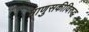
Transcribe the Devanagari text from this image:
माणुसकीविरुद्ध